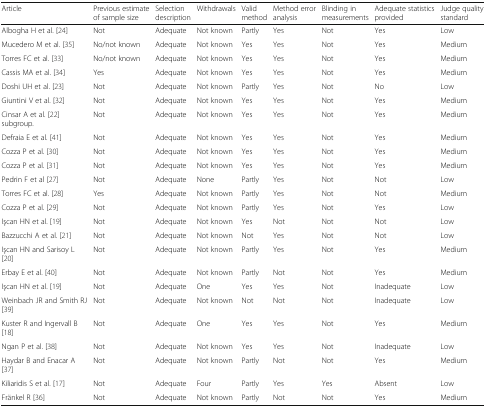
<table><thead><tr><td><b>Article</b></td><td><b>Previous estimate of sample size</b></td><td><b>Selection description</b></td><td><b>Withdrawals</b></td><td><b>Valid method</b></td><td><b>Method error analysis</b></td><td><b>Blinding in measurements</b></td><td><b>Adequate statistics provided</b></td><td><b>Judge quality standard</b></td></tr></thead><tbody><tr><td>Albogha H et al. [24]</td><td>Not</td><td>Adequate</td><td>Not known</td><td>Partly</td><td>Yes</td><td>Not</td><td>Yes</td><td>Low</td></tr><tr><td>Mucedero M et al. [35]</td><td>No/not known</td><td>Adequate</td><td>Not known</td><td>Yes</td><td>Yes</td><td>Not</td><td>Yes</td><td>Medium</td></tr><tr><td>Torres FC et al. [33]</td><td>No/not known</td><td>Adequate</td><td>Not known</td><td>Yes</td><td>Yes</td><td>Not</td><td>Yes</td><td>Medium</td></tr><tr><td>Cassis MA et al. [34]</td><td>Yes</td><td>Adequate</td><td>Not known</td><td>Yes</td><td>Yes</td><td>Not</td><td>Yes</td><td>Medium</td></tr><tr><td>Doshi UH et al. [23]</td><td>Not</td><td>Adequate</td><td>Not known</td><td>Partly</td><td>Yes</td><td>Not</td><td>No</td><td>Low</td></tr><tr><td>Giuntini V et al. [32]</td><td>Not</td><td>Adequate</td><td>Not known</td><td>Yes</td><td>Yes</td><td>Not</td><td>Yes</td><td>Medium</td></tr><tr><td>Cinsar A et al. [22] subgroup.</td><td>Not</td><td>Adequate</td><td>Not known</td><td>Yes</td><td>Yes</td><td>Not</td><td>Yes</td><td>Medium</td></tr><tr><td>Defraia E et al. [41]</td><td>Not</td><td>Adequate</td><td>Not known</td><td>Yes</td><td>Yes</td><td>Not</td><td>Yes</td><td>Medium</td></tr><tr><td>Cozza P et al. [30]</td><td>Not</td><td>Adequate</td><td>Not known</td><td>Yes</td><td>Yes</td><td>Not</td><td>Yes</td><td>Medium</td></tr><tr><td>Cozza P et al. [31]</td><td>Not</td><td>Adequate</td><td>Not known</td><td>Yes</td><td>Yes</td><td>Not</td><td>Yes</td><td>Medium</td></tr><tr><td>Pedrin F et al [27]</td><td>Not</td><td>Adequate</td><td>None</td><td>Partly</td><td>Yes</td><td>Not</td><td>Not</td><td>Low</td></tr><tr><td>Torres FC et al. [28]</td><td>Yes</td><td>Adequate</td><td>Not known</td><td>Partly</td><td>Yes</td><td>Not</td><td>Not</td><td>Medium</td></tr><tr><td>Cozza P et al. [29]</td><td>Not</td><td>Adequate</td><td>Not known</td><td>Partly</td><td>Yes</td><td>Not</td><td>Yes</td><td>Low</td></tr><tr><td>Işcan HN et al. [19]</td><td>Not</td><td>Adequate</td><td>Not known</td><td>Yes</td><td>Not</td><td>Not</td><td>Not</td><td>Low</td></tr><tr><td>Bazzucchi A et al. [21]</td><td>Not</td><td>Adequate</td><td>Not known</td><td>Not</td><td>Yes</td><td>Not</td><td>Not</td><td>Low</td></tr><tr><td>Işcan HN and Sarisoy L [20]</td><td>Not</td><td>Adequate</td><td>Not known</td><td>Partly</td><td>Yes</td><td>Not</td><td>Yes</td><td>Medium</td></tr><tr><td>Erbay E et al. [40]</td><td>Not</td><td>Adequate</td><td>Not known</td><td>Partly</td><td>Not</td><td>Not</td><td>Yes</td><td>Medium</td></tr><tr><td>Işcan HN et al. [19]</td><td>Not</td><td>Adequate</td><td>One</td><td>Yes</td><td>Yes</td><td>Not</td><td>Inadequate</td><td>Low</td></tr><tr><td>Weinbach JR and Smith RJ [39]</td><td>Not</td><td>Adequate</td><td>Not known</td><td>Not</td><td>Not</td><td>Not</td><td>Inadequate</td><td>Low</td></tr><tr><td>Kuster R and Ingervall B [18]</td><td>Not</td><td>Adequate</td><td>One</td><td>Yes</td><td>Yes</td><td>Not</td><td>Yes</td><td>Medium</td></tr><tr><td>Ngan P et al. [38]</td><td>Not</td><td>Adequate</td><td>Not known</td><td>Yes</td><td>Yes</td><td>Not</td><td>Inadequate</td><td>Low</td></tr><tr><td>Haydar B and Enacar A [37]</td><td>Not</td><td>Adequate</td><td>Not known</td><td>Partly</td><td>Not</td><td>Not</td><td>Yes</td><td>Medium</td></tr><tr><td>Kiliaridis S et al. [17]</td><td>Not</td><td>Adequate</td><td>Four</td><td>Partly</td><td>Yes</td><td>Yes</td><td>Absent</td><td>Low</td></tr><tr><td>Fränkel R [36]</td><td>Not</td><td>Adequate</td><td>Not known</td><td>Partly</td><td>Not</td><td>Not</td><td>Yes</td><td>Medium</td></tr></tbody></table>